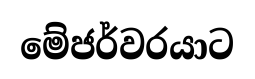
මේජර්වරයාට